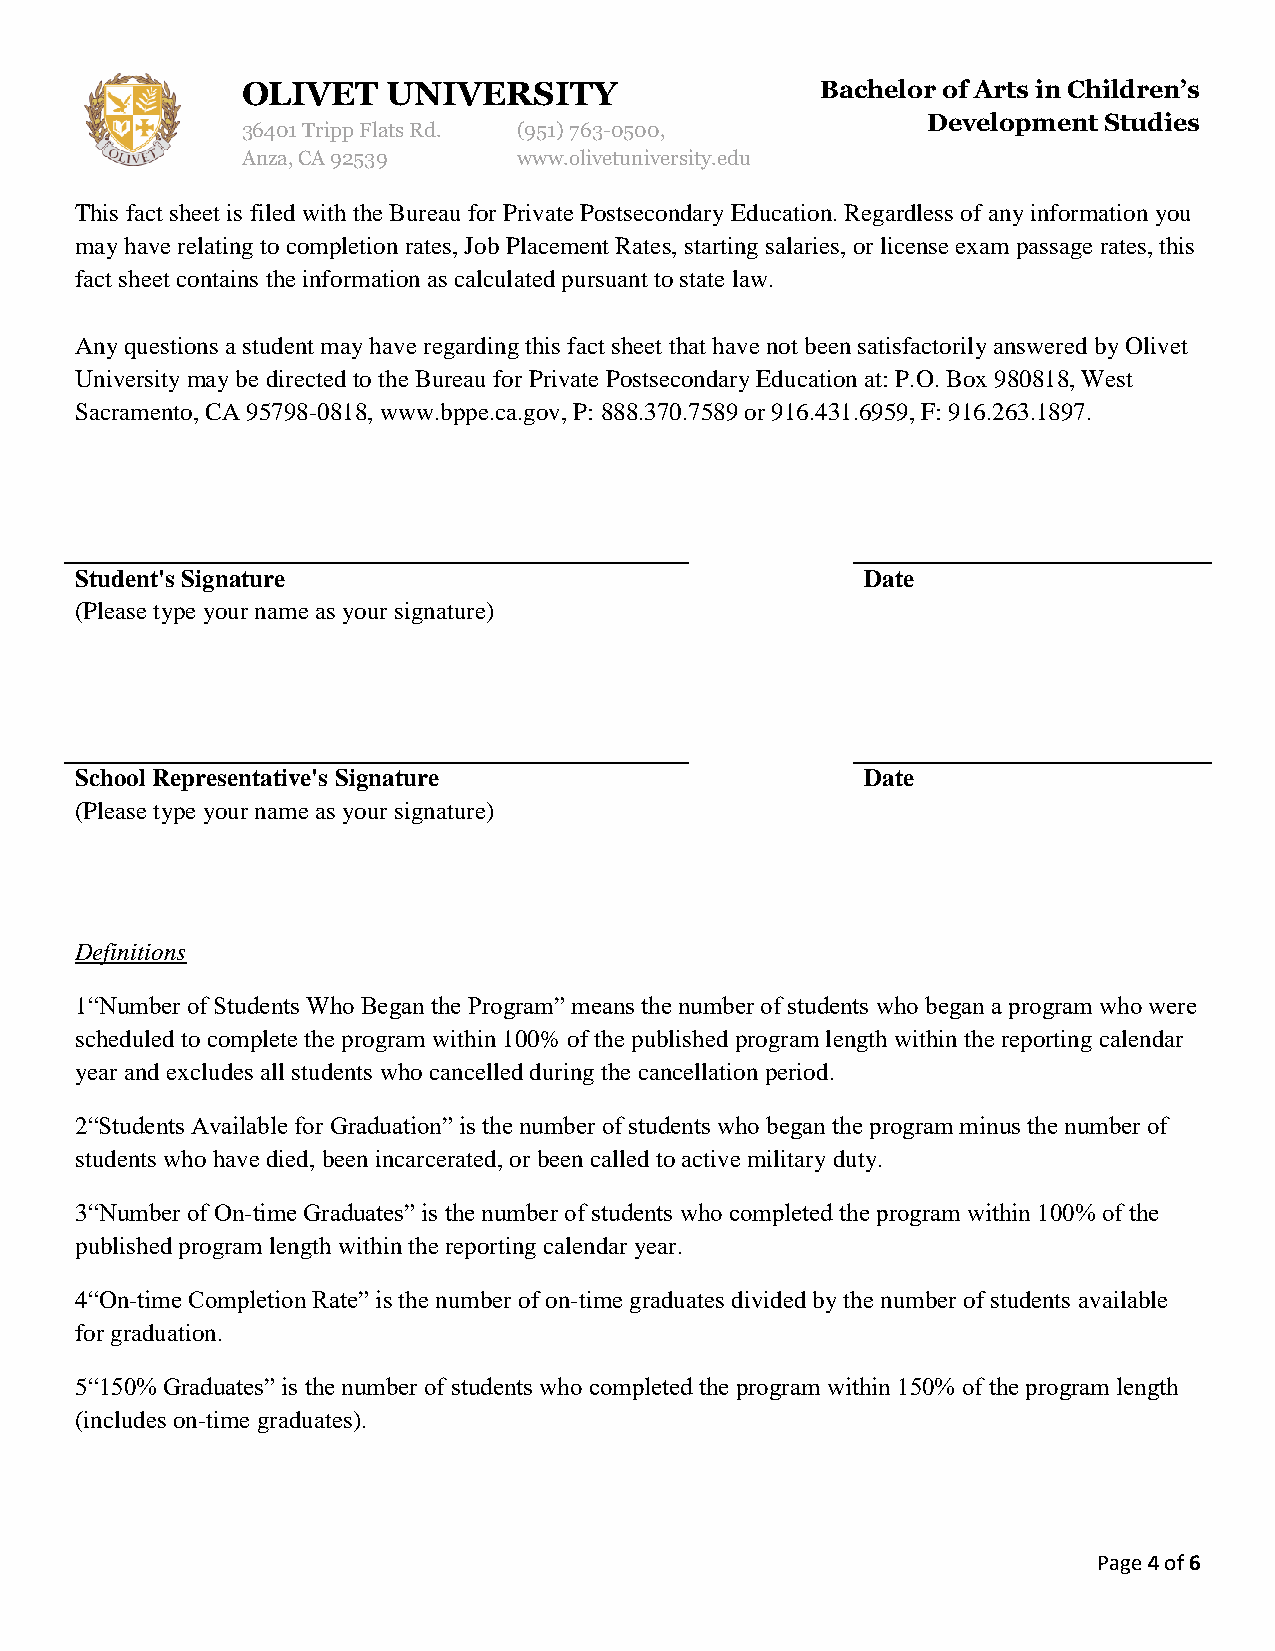
OLIVET    UNIVERSITY                  Bachelor of Arts in Children’s
 Development Studies
 36401 Tripp Flats Rd. (951) 763-0500,
 Anza, CA 92539    www.olivetuniversity.edu
 This fact sheet is filed with the Bureau for Private Postsecondary Education. Regardless of any information you
 may have relating to completion rates, Job Placement Rates, starting salaries, or license exam passage rates, this
 fact sheet contains the information as calculated pursuant to state law.
 Any questions a student may have regarding this fact sheet that have not been satisfactorily answered by Olivet
 University may be directed to the Bureau for Private Postsecondary Education at: P.O. Box 980818, West
 Sacramento, CA 95798-0818, www.bppe.ca.gov, P: 888.370.7589 or 916.431.6959, F: 916.263.1897.
 Student's Signature                                 Date
 (Please type your name as your signature)
 School Representative's Signature                   Date
 (Please type your name as your signature)
 Definitions
 1“Number of Students Who Began the Program” means the number of students who began a program who were
 scheduled to complete the program within 100% of the published program length within the reporting calendar
 year and excludes all students who cancelled during the cancellation period.
 2“Students Available for Graduation” is the number of students who began the program minus the number of
 students who have died, been incarcerated, or been called to active military duty.
 3“Number of On-time Graduates” is the number of students who completed the program within 100% of the
 published program length within the reporting calendar year.
 4“On-time Completion Rate” is the number of on-time graduates divided by the number of students available
 for graduation.
 5“150% Graduates” is the number of students who completed the program within 150% of the program length
 (includes on-time graduates).
 Page 4 of 6